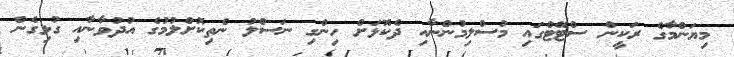
މިޔަންމާގެ ރަކީން ސްޓޭޓްގައި މުސްލިމުންނާއި ދެކޮޅަށް ހިންގި ނަސްލު ނެތިކޮށްލުމުގެ އުދުވާނާއި ގުޅިގެން